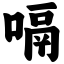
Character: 嗝